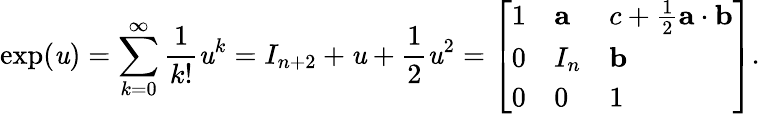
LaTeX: \exp(\mathit{u})=\sum_{k=0}^{\infty}{\frac{{1}}{{k!}}}\mathit{u}^{k}=I_{n+2}+\mathit{u}+{\frac{{1}}{{2}}}\mathit{u}^{2}={\left[\begin{array}{lll}{1}&{\mathbf{a}}&{c+{\frac{1}{2}}\mathbf{a}\cdot\mathbf{b}}\\ {0}&{I_{n}}&{\mathbf{b}}\\ {0}&{0}&{1}\end{array}\right]}.